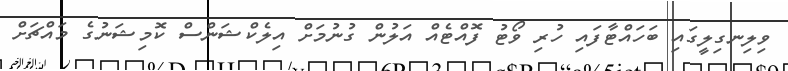
ވިލިނގިލީގައި ބަހައްޓާފައި ހުރި ވޯޓު ފޮއްޓެއް އަލުން ގުނުމަށް އިލެކްޝަންސް ކޮމިޝަނުގެ މައްޗަށް